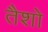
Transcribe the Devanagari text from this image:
तैशो